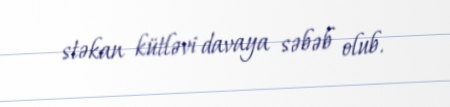
stəkan kütləvi davaya səbəb olub.